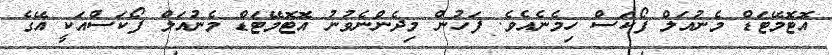
އޮޓޮމޭޓަޑް މެނުއަލް ފޯކަސް ހިމެނެއެވެ. ފަހުން މިދެންނެވުނު އޮޓޮމޭޓަޑް މެނުއަލް ފޯކަސްއަކީ އޭގެ